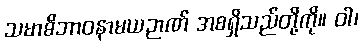
သမာဓိဘာဝနာမယဉာဏ် အစရှိသည်တို့ကို။ ဝါ၊